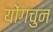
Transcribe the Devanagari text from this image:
योंगचुन